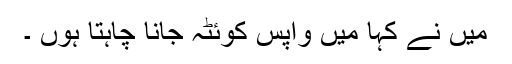
میں نے کہا میں واپس کوئٹہ جانا چاہتا ہوں ۔